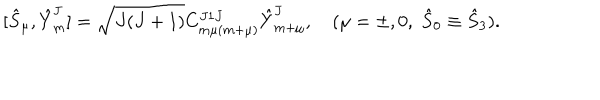
[ { \hat { S } } _ { \mu } , { \hat { Y } } _ { m } ^ { J } ] = \sqrt { J ( J + 1 ) } C _ { m \mu ( m + \mu ) } ^ { J 1 J } { \hat { Y } } _ { m + \mu } ^ { J } , \quad ( \mu = \pm , 0 , \; { \hat { S } } _ { 0 } \equiv { \hat { S } } _ { 3 } ) .